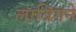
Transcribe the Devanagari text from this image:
लाविंगने